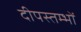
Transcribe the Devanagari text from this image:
दीपस्तम्भों